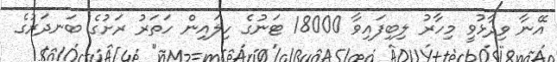
އޭނާ ވިދާޅުވީ މިހާރު ލިބިފައިވާ 18000 ޓަނުގެ ހިލައިން ހަތަރު ރަށުގެ ބަނދަރުގެ